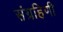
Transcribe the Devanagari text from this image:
संग्रहिणी